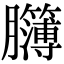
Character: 𦣈